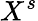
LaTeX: X^{s}